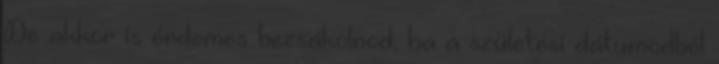
De akkor is érdemes bezsákolnod, ha a születési dátumodból